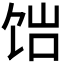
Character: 𬲴